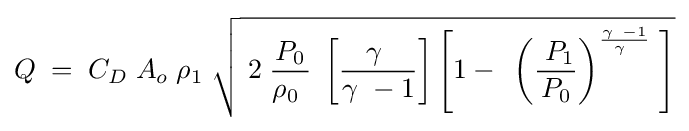
Q\;=\;C_{D}\;A_{o}\;\rho _{1}\;{\sqrt {\;2\;{\frac {P_{0}}{\rho _{0}\ }}\;\left[{\frac {\gamma \ }{\gamma \ -1}}\right]\left[1-\;\,\left({\frac {\;P_{1}}{P_{0}}}\right)^{\frac {\gamma \ -1}{\gamma \ }}\;\right]}}